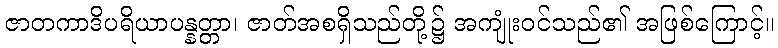
ဇာတကာဒိပရိယာပန္နတ္တာ၊ ဇာတ်အစရှိသည်တို့၌ အကျုံးဝင်သည်၏ အဖြစ်ကြောင့်။